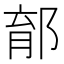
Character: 𨛼